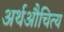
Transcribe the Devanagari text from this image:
अर्थऔचित्य